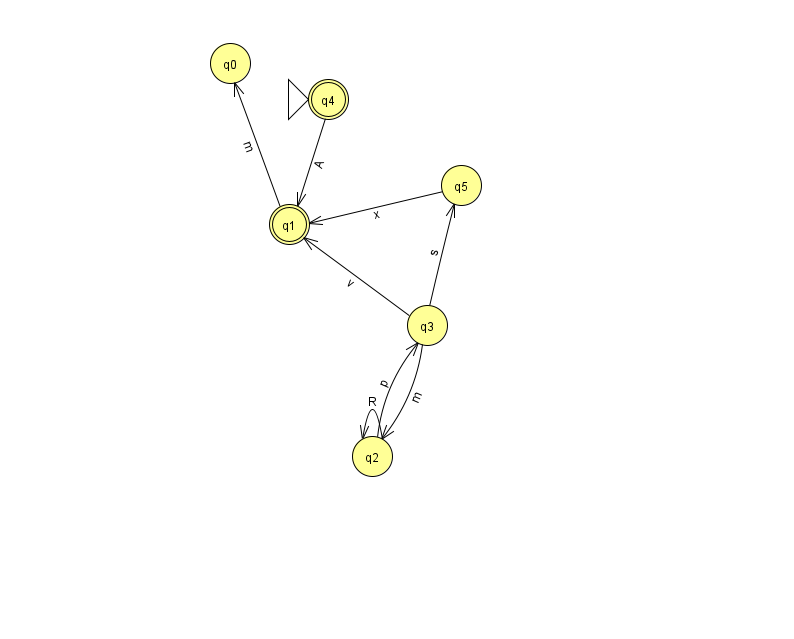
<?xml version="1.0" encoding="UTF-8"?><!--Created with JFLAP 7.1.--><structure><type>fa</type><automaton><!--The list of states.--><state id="0" name="q0"><x>230.0</x><y>50.0</y></state><state id="1" name="q1"><x>289.0</x><y>211.0</y><final/></state><state id="2" name="q2"><x>372.0</x><y>443.0</y></state><state id="3" name="q3"><x>427.0</x><y>312.0</y></state><state id="4" name="q4"><x>328.0</x><y>86.0</y><initial/><final/></state><state id="5" name="q5"><x>461.0</x><y>172.0</y></state><!--The list of transitions.--><transition><from>1</from><to>0</to><read>m</read></transition><transition><from>2</from><to>2</to><read>R</read></transition><transition><from>3</from><to>2</to><read>m</read></transition><transition><from>3</from><to>5</to><read>s</read></transition><transition><from>3</from><to>1</to><read>v</read></transition><transition><from>4</from><to>1</to><read>A</read></transition><transition><from>5</from><to>1</to><read>x</read></transition><transition><from>2</from><to>3</to><read>p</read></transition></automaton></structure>